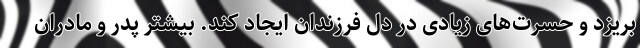
بریزد و حسرت‌های زیادی در دل فرزندان ایجاد کند. بیشتر پدر و مادران